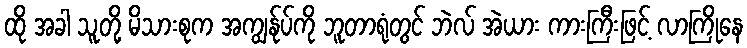
ထို အခါ သူတို့ မိသားစုက အကျွန်ုပ်ကို ဘူတာရုံတွင် ဘဲလ် အဲယား ကားကြီးဖြင့် လာကြိုနေ